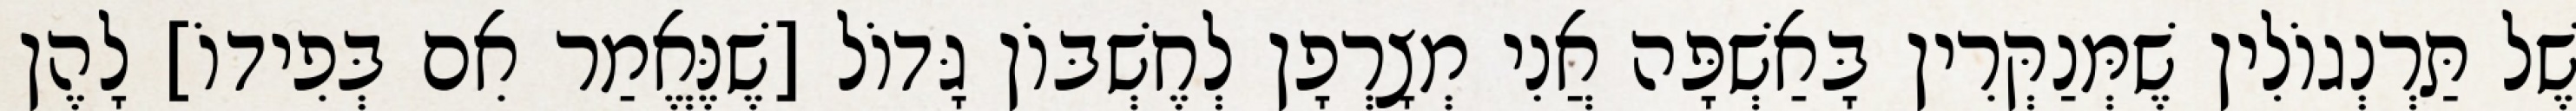
שֶׁל תַּרְנְגוֹלִין שֶׁמְּנַקְּרִין בָּאַשְׁפָּה אֲנִי מְצָרְפָן לְחֶשְׁבּוֹן גָּדוֹל [שֶׁנֶּאֱמַר אִם בְּפִידוֹ] לָהֶן